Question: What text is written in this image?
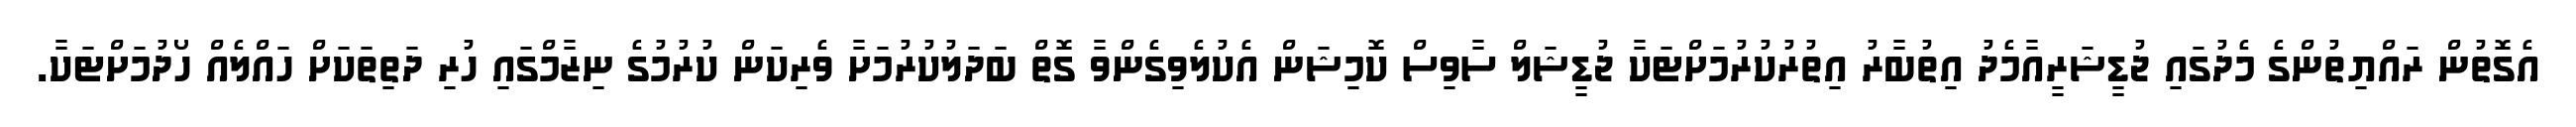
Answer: އެގޮތުން ރައްޔިތުންގެ މެދުގައި ޖުޑީޝަރީއާމެދު އިތުބާރު އިތުރުކުރުމަށްޓަކާ ޖުޑީޝަލް ސާވިސް ކޮމިޝަން އެކުލެވިގެންވާ ގޮތް ބަދަލުކުރުމަށާ ވެރިކަން ކުރުމުގެ ނިޒާމްގައި ހުރި ދަތިތަކަށް ހައްލެއް ހޯދުމަށްޓަކާ.